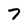
Character: 7